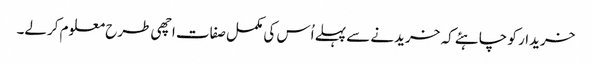
خریدار کو چاہئے کہ خریدنے سے پہلے اُس کی مکمل صفات اچھی طرح معلوم کرلے۔